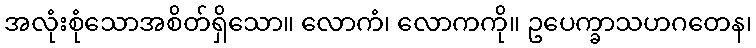
အလုံးစုံသောအစိတ်ရှိသော။ လောကံ၊ လောကကို။ ဥပေက္ခာသဟဂတေန၊